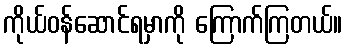
ကိုယ်ဝန်ဆောင်ရမှာကို ကြောက်ကြတယ်။